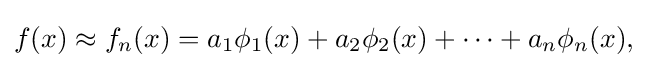
f(x)\approx f_{n}(x)=a_{1}\phi _{1}(x)+a_{2}\phi _{2}(x)+\cdots +a_{n}\phi _{n}(x),\